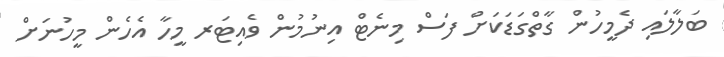
ބަލާލައި ދެމީހުން ގާތްގަޑަކަށް ފަސް މިނެޓް އިނުމުން ވެއިޓަރ މީހާ އެހެން މީހުނަށް